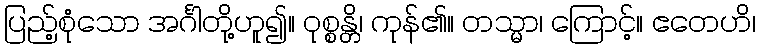
ပြည့်စုံသော အင်္ဂါတို့ဟူ၍။ ဝုစ္စန္တိ၊ ကုန်၏။ တသ္မာ၊ ကြောင့်။ ဧတေဟိ၊